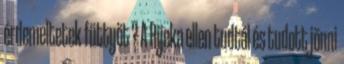
érdemeltetek füttyöt ? A Rijeka ellen tudtál és tudott jönni